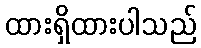
ထားရှိထားပါသည်